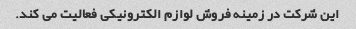
این شرکت در زمینه فروش لوازم الکترونیکی فعالیت می کند.